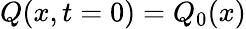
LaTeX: Q(x,t=0)=Q_{0}(x)